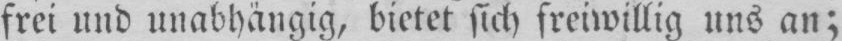
frei und unabhängig, bietet sich freiwillig uns an;